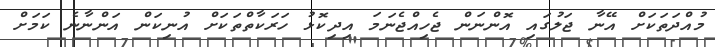
މުއްދަތަކަށް އޭނާ ޖަލުގައި އޮންނަން ޖެހިއްޖެނަމަ އިދިކޮޅު ހަރަކާތްތަކަށް އުނިކަން އަންނާނެ ކަމަށް